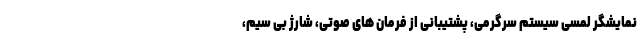
نمایشگر لمسی سیستم سرگرمی، پشتیبانی از فرمان های صوتی، شارژ بی سیم،